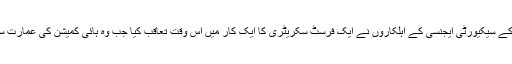
8 مارچ کو پاکستان کے سیکیورٹی ایجنسی کے اہلکاروں نے ایک فرسٹ سکریٹری کا ایک کار میں اس وقت تعاقب کیا جب وہ ہائی کمیشن کی عمارت سے بینک جا رہا تھا ۔